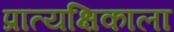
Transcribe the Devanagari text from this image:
प्रात्यक्षिकाला